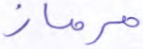
مرماز